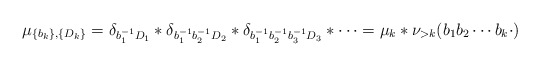
\begin{align*}\begin{aligned} \mu_{\{b_k\},\{D_k\}} =\delta_{b_{1}^{-1}D_1}\ast\delta_{b_{1}^{-1}b_{2}^{-1}D_2}\ast\delta_{b_{1}^{-1}b_{2}^{-1} b_{3}^{-1}D_3}\ast\cdots=\mu_{k}\ast\nu_{>k}(b_{1}b_{2}\cdots b_{k}\cdot)\end{aligned}\end{align*}